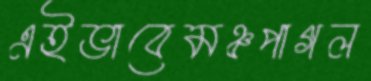
এইভাবেমঞ্চপাগল